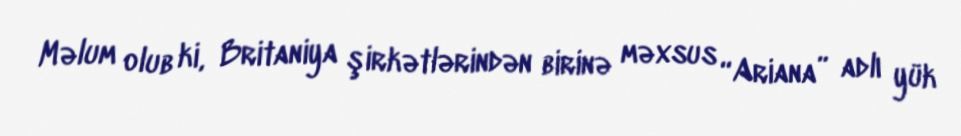
Məlum olub ki, Britaniya şirkətlərindən birinə məxsus “Ariana” adlı yük